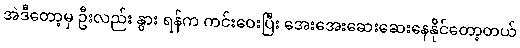
အဲဒီတော့မှ ဦးလည်း နွား ရန်က ကင်းဝေးပြီး အေးအေးဆေးဆေးနေနိုင်တော့တယ်